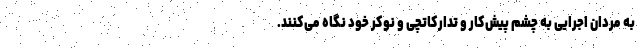
به مردان اجرایی به چشم پیش‌کار و تدارکاتچی و نوکر خود نگاه می‌کنند.